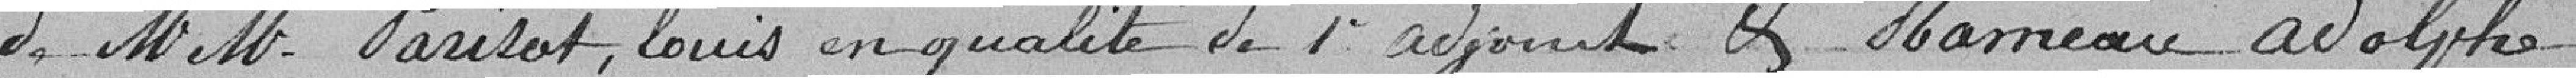
de M M. Parisot, Louis en qualité de l'adjoint et Mameau Wolphe